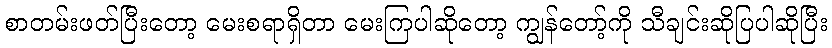
စာတမ်းဖတ်ပြီးတော့ မေးစရာရှိတာ မေးကြပါဆိုတော့ ကျွန်တော့်ကို သီချင်းဆိုပြပါဆိုပြီး